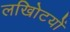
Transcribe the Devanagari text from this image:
लखोिटयों